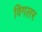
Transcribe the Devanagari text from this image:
विगलर